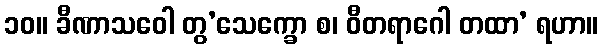
၁၀။ ခီဏာသဝေါ တွ’သေက္ခော စ၊ ဝီတရာဂေါ တထာ’ ရဟာ။